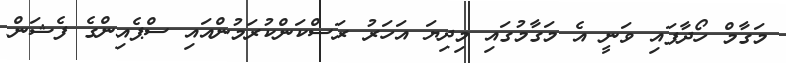
މަގާމް ހޯދާފައި ވަނީ އެ މަގާމުގައި މިދިޔަ އަހަރު ރަސްކަންކުރަމުންއައި ސްޕެއިންގެ ފެޝަން